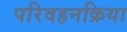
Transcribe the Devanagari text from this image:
परिवहनक्रिया